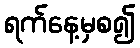
ရက်နေ့မှစ၍